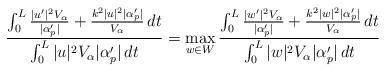
LaTeX: \begin{align*}\frac{\int_0^L \frac{|u'|^2 V_{\alpha}}{|\alpha_p'|} + \frac{k^2 |u|^2 | \alpha_p'|}{V_{\alpha}} \,dt}{\int_0^L |u|^2 V_\alpha |\alpha_p'| \,dt}= \max_{w \in W} \frac{\int_0^L \frac{|w'|^2 V_{\alpha}}{|\alpha_p'|} + \frac{k^2 |w|^2 | \alpha_p'|}{V_{\alpha}} \,dt}{\int_0^L |w|^2 V_\alpha |\alpha_p'| \,dt}\end{align*}